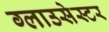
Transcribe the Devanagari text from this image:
ग्लाउसेस्टर